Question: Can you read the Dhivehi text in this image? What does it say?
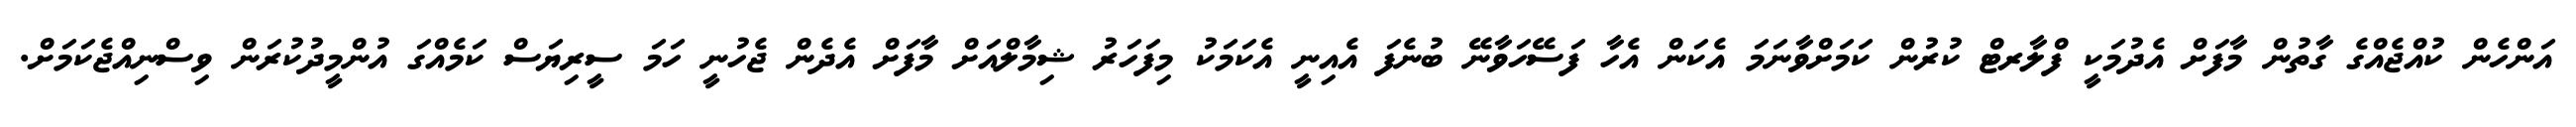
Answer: އަންހެން ކުއްޖެއްގެ ގާތުން މާފަށް އެދުމަކީ ފްލާރޓް ކުރުން ކަމަށްވާނަމަ އެކަން އެހާ ފަސޭހަވާނޭ ބުނެފަ އެއިނީ އެކަމަކު މިފަހަރު ޝިމާލްއަށް މާފަށް އެދެން ޖެހުނީ ހަމަ ސީރިޔަސް ކަމެއްގަ އުންމީދުކުރަން ވިސްނިއްޖެކަމަށް.